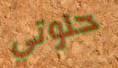
حلوتي